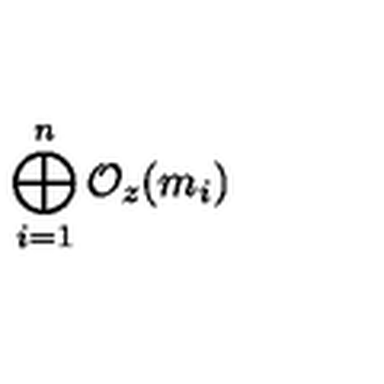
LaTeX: \bigoplus _ { i = 1 } ^ { n } { \cal O } _ { z } ( m _ { i } )